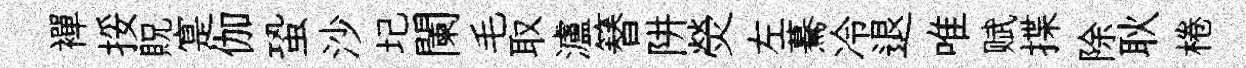
襌挼貺寔伽蛩沙圮闌毛取瀘簮阱熒左驀冷退唯赋揲除耿棬